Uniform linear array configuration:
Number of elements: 48
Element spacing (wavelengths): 0.75
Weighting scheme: hamming
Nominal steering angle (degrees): -45
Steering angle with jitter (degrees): -43.558
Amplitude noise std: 0.05
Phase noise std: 0.05

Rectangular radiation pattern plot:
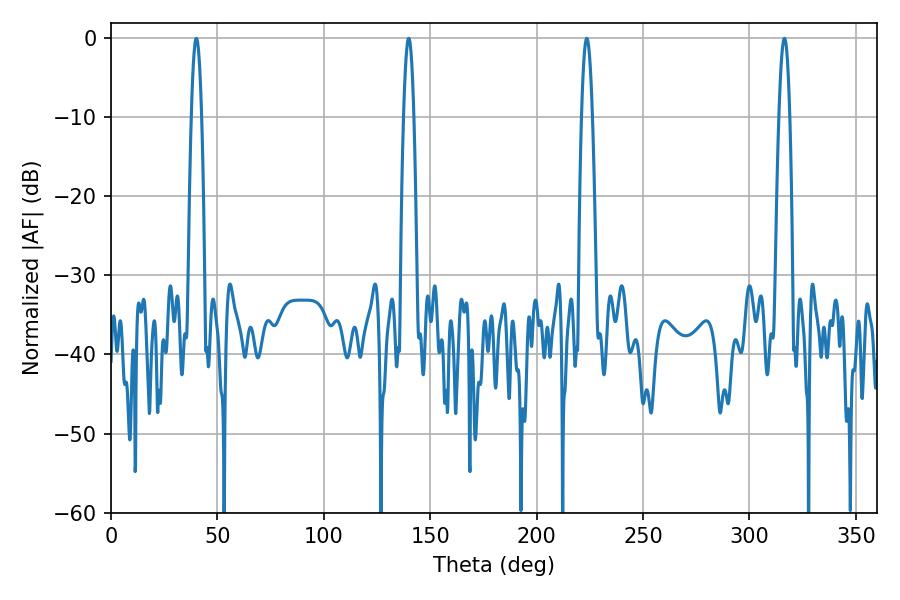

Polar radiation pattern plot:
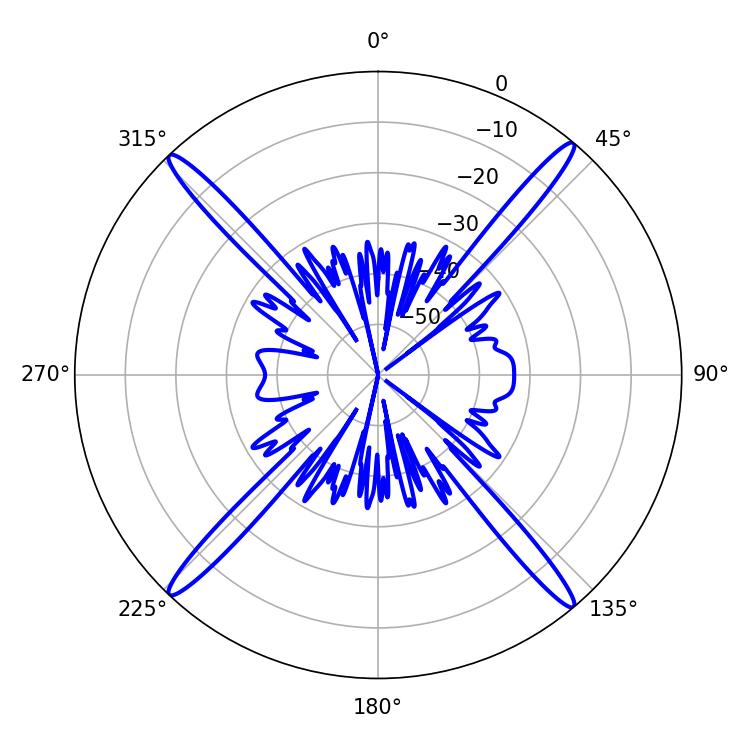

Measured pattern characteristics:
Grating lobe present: TRUE
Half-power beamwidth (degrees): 2.7
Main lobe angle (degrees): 223.56